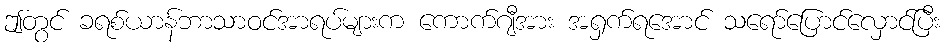
ဤတွင် ခရစ်ယာန်ဘာသာဝင်အာရပ်များက ကောက်ဂျီအား အရှက်ရအောင် သရော်ပြောင်လှောင်ပြီး